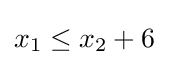
x_{1}\leq x_{2}+6